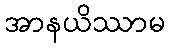
အာနယိဿာမ